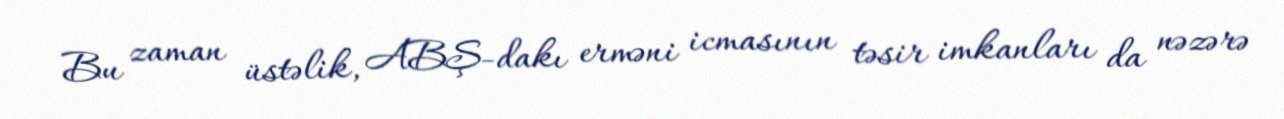
Bu zaman üstəlik, ABŞ-dakı erməni icmasının təsir imkanları da nəzərə